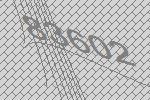
83602